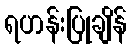
ရဟန်းပြုချိန်